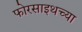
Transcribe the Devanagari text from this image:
फोरसाइथच्या